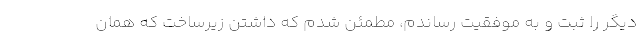
دیگر را ثبت و به موفقیت رساندم، مطمئن شدم که داشتن زیرساخت که همان